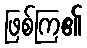
ဖြစ်ကြ၏